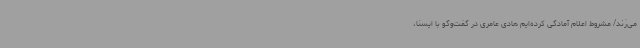
می‌زند/ مشروط اعلام آمادگی کرده‌ایم هادی عامری در گفت‌وگو با ایسنا،